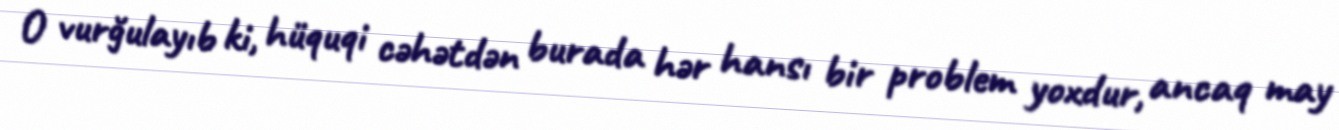
O vurğulayıb ki, hüquqi cəhətdən burada hər hansı bir problem yoxdur, ancaq may